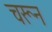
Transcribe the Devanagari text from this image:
चरून